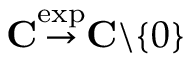
\mathbf { C } { \stackrel { \exp } { \to } } \mathbf { C } \backslash \{ 0 \}